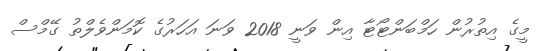
މީގެ އިތުރުން ހަމްބަންޓޯޓާ އިން ވަނީ 2018 ވަނަ އަހަރުގެ ކޮމަންވެލްތު ގޭމްސް